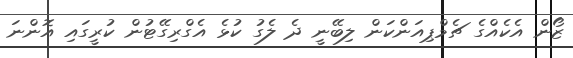
ޒޯން އެކެއްގެ ޗެމްޕިއަންކަން ލިބޭނީ ދެ ލެގު ކުޅެ އެގްރިގޭޓުން ކުރީގައި އޮންނަ